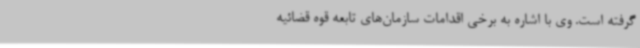
گرفته است. وی با اشاره به برخی اقدامات سازمان‌های تابعه قوه قضائیه